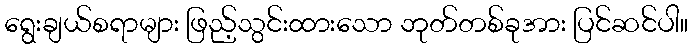
ရွေးချယ်စရာများ ဖြည့်သွင်းထားသော ဘုတ်တစ်ခုအား ပြင်ဆင်ပါ။